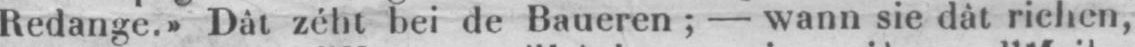
Redange.» Dât zéht bei de Baueren; - wann sie dât richen,